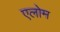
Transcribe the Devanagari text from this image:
एलोम